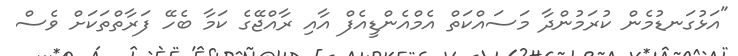
"އަޅުގަނޑުމެން ކުރަމުންދާ މަސައްކަތް އެމްއެންޑީއެފް އާއި ރާއްޖޭގެ ކަމާ ބެހޭ ފަރާތްތަކަށް ވެސް